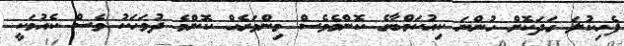
ފެހިކުލަ ގަދަކޮށް ހުންނަ ކިއުކަމްބާގެ ކޮންމެވެސް މިންވަރެއް ކޮންމެ ދުވަހަކު ވެސް ކެއުމަކީ